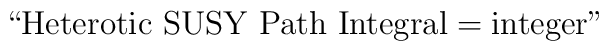
\hbox{``Heterotic SUSY Path Integral}=\hbox{integer"}